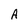
Character: A